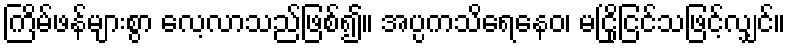
ကြိမ်ဖန်များစွာ လေ့လာသည်ဖြစ်၍။ အပ္ပကသိရေနေဝ၊ မငြိုငြင်သဖြင့်လျှင်။